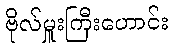
ဗိုလ်မှူးကြီးဟောင်း